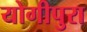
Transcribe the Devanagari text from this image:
योगीपुरा